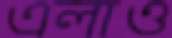
এলাও